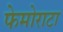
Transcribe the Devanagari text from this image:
फेमोराटा